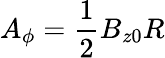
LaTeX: A_{\phi}=\frac{1}{2}B_{z0}R